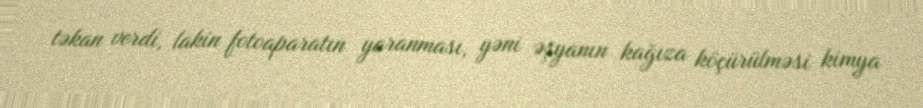
təkan verdi, lakin fotoaparatın yaranması, yəni əşyanın kağıza köçürülməsi kimya